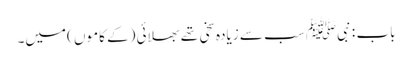
باب : نبیﷺ سب سے زیادہ سخی تھے بھلائی (کے کاموں )میں۔